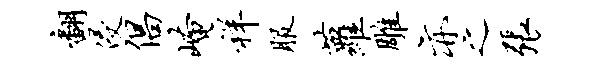
翻侵倡崦祥服萝雕亦之张